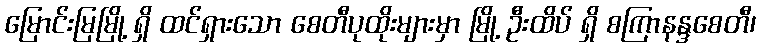
မြောင်းမြမြို့ ရှိ ထင်ရှားသော စေတီပုထိုးများမှာ မြို့ ဦးထိပ် ရှိ စကြာနန္ဒစေတီ၊